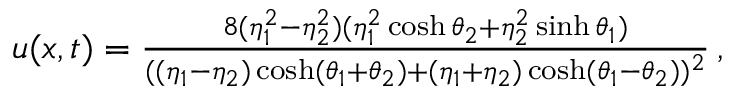
\begin{array} { r } { u ( x , t ) = \frac { 8 ( \eta _ { 1 } ^ { 2 } - \eta _ { 2 } ^ { 2 } ) ( \eta _ { 1 } ^ { 2 } \cosh { \theta _ { 2 } } + \eta _ { 2 } ^ { 2 } \sinh { \theta _ { 1 } } ) } { ( ( \eta _ { 1 } - \eta _ { 2 } ) \cosh ( \theta _ { 1 } + \theta _ { 2 } ) + ( \eta _ { 1 } + \eta _ { 2 } ) \cosh ( \theta _ { 1 } - \theta _ { 2 } ) ) ^ { 2 } } \, , } \end{array}